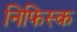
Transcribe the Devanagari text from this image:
निफिस्क